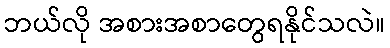
ဘယ်လို အစားအစာတွေရနိုင်သလဲ။